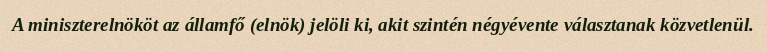
A miniszterelnököt az államfő (elnök) jelöli ki, akit szintén négyévente választanak közvetlenül.